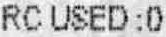
RC USED : 0